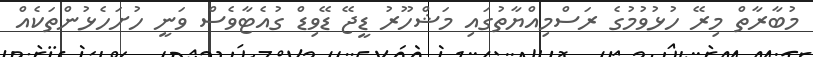
މުބާރާތް މިރޭ ހުޅުވުމުގެ ރަސްމިއްޔާތުގައި މަޝްހޫރު ޑީޖޭ ޑޭވިޑް ގުއެޓާވެސް ވަނީ ހުށަހެޅުންތަކެއް